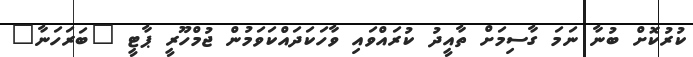
ކުރުކޮށް ބުނާ ނަމަ ގާސިމަށް ތާއީދު ކުރައްވައި ވާހަކަދައްކަވަމުން ޖުމްހޫރީ ޕާޓީ "ބަރަހަނާ"